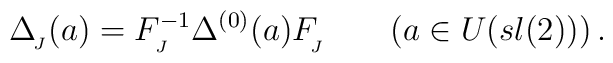
\Delta _{_{\!J}}(a)=F^{-1}_{_{J}}\Delta^{(0)}(a)F_{_{\!J}}^{}\qquad(a\in U(sl(2)))\,.